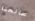
صالحنا